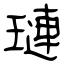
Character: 璉